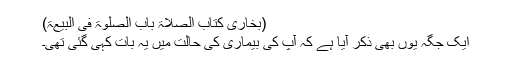
(بخاری کتاب الصلاۃ باب الصلوٰۃ فِی البِیْعَۃِ)
ایک جگہ یوں بھی ذکر آیا ہے کہ آپؐ کی بیماری کی حالت میں یہ بات کہی گئی تھی۔